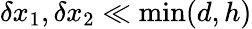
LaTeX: \delta x_{1},\delta x_{2}\ll\operatorname*{min}(d,h)